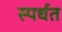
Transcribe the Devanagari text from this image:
स्पर्धत